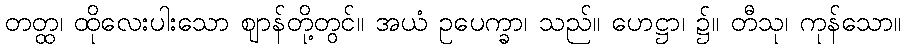
တတ္ထ၊ ထိုလေးပါးသော ဈာန်တို့တွင်။ အယံ ဥပေက္ခာ၊ သည်။ ဟေဋ္ဌာ၊ ၌။ တီသု၊ ကုန်သော။